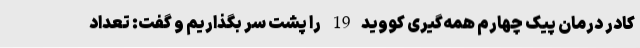
کادر درمان پیک چهارم همه‌گیری کووید19 را پشت سر بگذاریم و گفت: تعداد